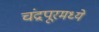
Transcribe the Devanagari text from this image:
चंद्रपूरमध्ये